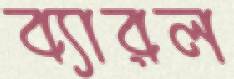
ব্যারল